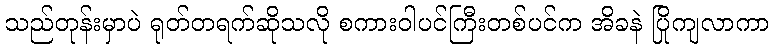
သည်တုန်းမှာပဲ ရုတ်တရက်ဆိုသလို စကားဝါပင်ကြီးတစ်ပင်က အိခနဲ ပြိုကျလာကာ